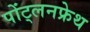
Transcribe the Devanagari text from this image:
पोंट्लनफ्रेथ